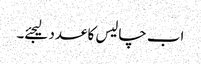
اب چالیس کا عدد لیجئے۔